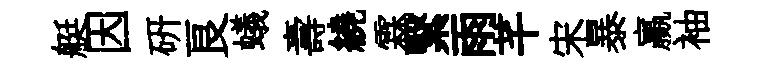
艇因硏良蟻壽繞霖繄雨芊宋暴贏袖